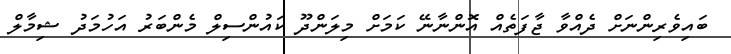
ބައިވެރިންނަށް ދެއްވާ ޖާފަތެއް އޮންނާނޭ ކަމަށް މިލަންދޫ ކައުންސިލް މެންބަރު އަހުމަދު ޝިމާލް